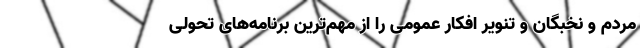
مردم و نخبگان و تنویر افکار عمومی را از مهم‌ترین برنامه‌های تحولی